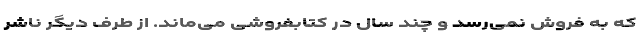
که به فروش نمی‌رسد و چند سال در کتابفروشی می‌ماند. از طرف دیگر ناشر